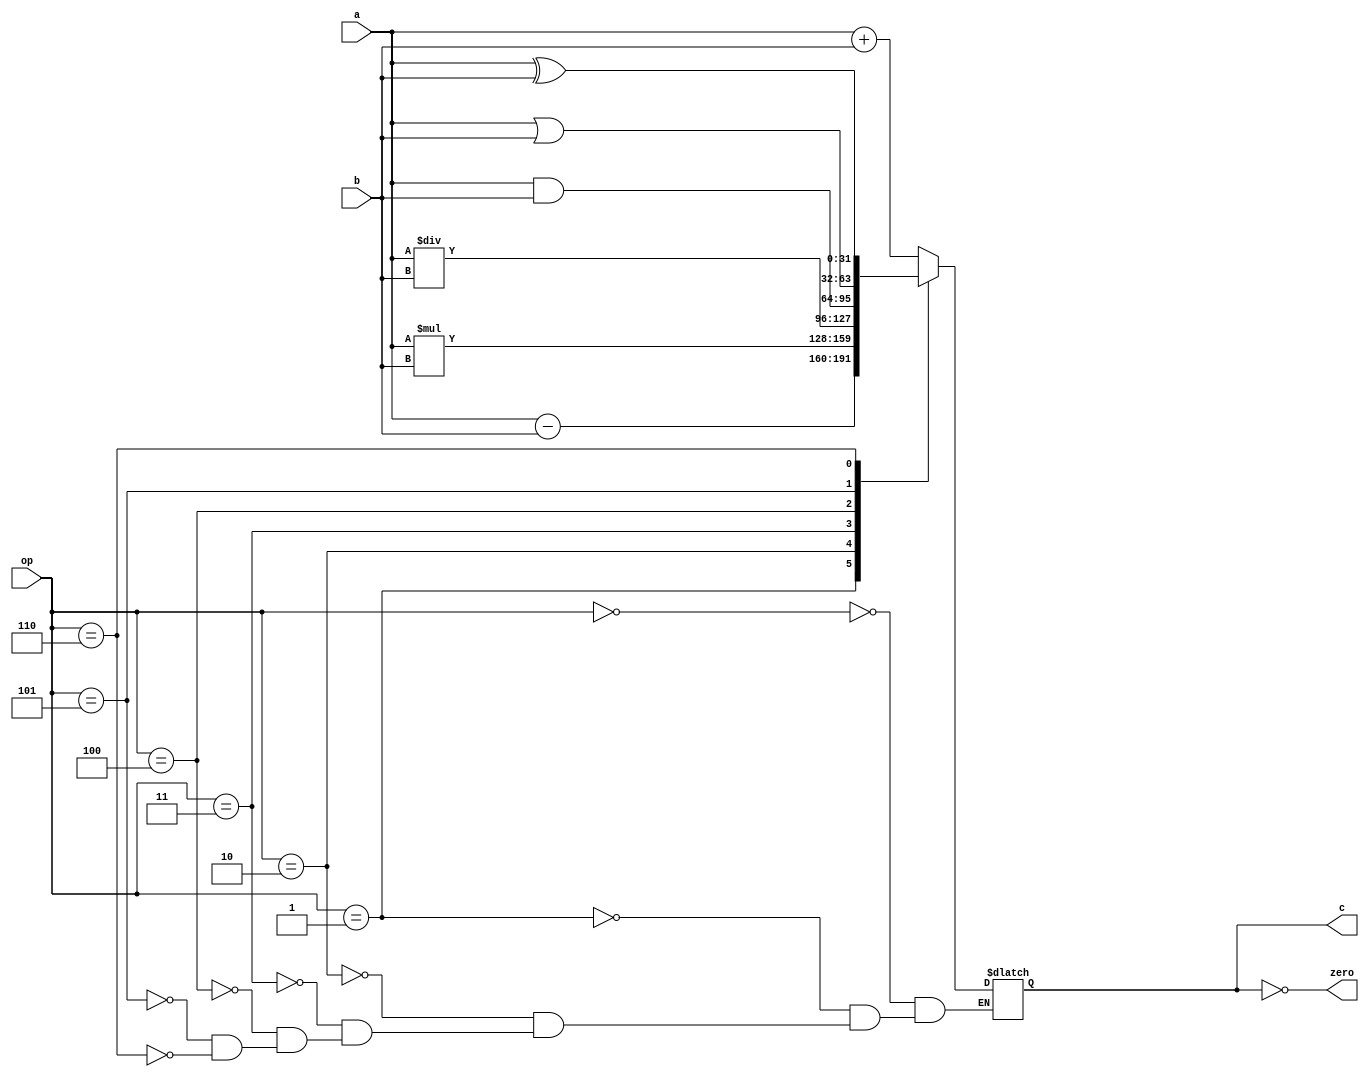
module Alu(op, a, b, c, zero);

input wire [3:0] op;
input wire [31:0] a;
input wire [31:0] b;

output reg [31:0] c;
output wire zero;

// combinational block
// outputs change whenever an input change
always @* begin
    case (op)
        0 : c <= a + b;
        1 : c <= a - b;
        2 : c <= a * b;
        3 : c <= a / b;
        4 : c <= a & b;
        5 : c <= a | b;
        6 : c <= a ^ b;
    endcase
end

assign zero = !c;

endmodule